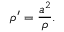
\rho ^ { \prime } = { \frac { a ^ { 2 } } { \rho } } .